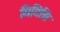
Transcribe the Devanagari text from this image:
मिडिसि